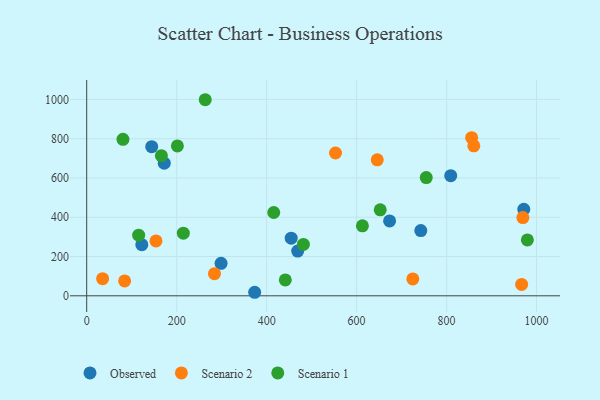
{"axis": {"x": "Study Hours", "y": "Demand"}, "legend": ["Observed", "Scenario 1", "Scenario 2"], "data": [{"x": "172.4", "y": 675.2, "type": "Observed"}, {"x": "809.2", "y": 612.0, "type": "Observed"}, {"x": "454.6", "y": 293.7, "type": "Observed"}, {"x": "144.5", "y": 759.2, "type": "Observed"}, {"x": "373.4", "y": 18.0, "type": "Observed"}, {"x": "298.7", "y": 165.5, "type": "Observed"}, {"x": "971.6", "y": 440.8, "type": "Observed"}, {"x": "469.0", "y": 227.9, "type": "Observed"}, {"x": "742.7", "y": 332.2, "type": "Observed"}, {"x": "673.3", "y": 381.3, "type": "Observed"}, {"x": "122.5", "y": 260.2, "type": "Observed"}, {"x": "966.8", "y": 58.0, "type": "Scenario 2"}, {"x": "969.6", "y": 398.4, "type": "Scenario 2"}, {"x": "724.9", "y": 86.2, "type": "Scenario 2"}, {"x": "553.1", "y": 727.3, "type": "Scenario 2"}, {"x": "645.9", "y": 692.7, "type": "Scenario 2"}, {"x": "35.4", "y": 87.4, "type": "Scenario 2"}, {"x": "855.7", "y": 805.2, "type": "Scenario 2"}, {"x": "860.5", "y": 764.0, "type": "Scenario 2"}, {"x": "154.0", "y": 279.7, "type": "Scenario 2"}, {"x": "284.0", "y": 112.5, "type": "Scenario 2"}, {"x": "84.3", "y": 75.8, "type": "Scenario 2"}, {"x": "115.5", "y": 308.7, "type": "Scenario 1"}, {"x": "979.6", "y": 284.4, "type": "Scenario 1"}, {"x": "612.9", "y": 356.6, "type": "Scenario 1"}, {"x": "201.6", "y": 763.2, "type": "Scenario 1"}, {"x": "263.5", "y": 998.5, "type": "Scenario 1"}, {"x": "166.0", "y": 713.4, "type": "Scenario 1"}, {"x": "80.6", "y": 796.9, "type": "Scenario 1"}, {"x": "481.7", "y": 261.7, "type": "Scenario 1"}, {"x": "415.8", "y": 424.3, "type": "Scenario 1"}, {"x": "214.8", "y": 319.0, "type": "Scenario 1"}, {"x": "441.5", "y": 80.9, "type": "Scenario 1"}, {"x": "754.8", "y": 602.0, "type": "Scenario 1"}, {"x": "652.5", "y": 437.6, "type": "Scenario 1"}]}